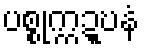
ပစ္စုက္ကဍ္ဎနံ